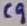
Text: C9